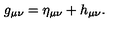
g _ { \mu \nu } = \eta _ { \mu \nu } + h _ { \mu \nu } .